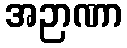
အဉာဏာ